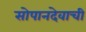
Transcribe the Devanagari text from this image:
सोपानदेवाची